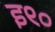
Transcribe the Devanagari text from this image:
इ९०